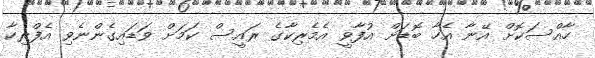
ހާއްސަކޮށް އޭނާ އެހާ ބޮޑަށް އުފާވީ އެމެރިކާގެ ރައީސް ކަމަށް ވަޑައިގެންނެވި އެފްރިކާ